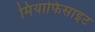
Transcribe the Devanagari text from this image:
मियाफिसाइट